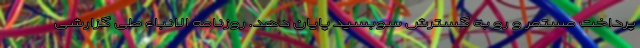
پرداخت مستمر و رو به گسترش سوبسید پایان دهد. روزنامه الانباء طی گزارشی